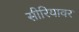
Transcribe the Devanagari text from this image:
सीरियावर